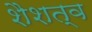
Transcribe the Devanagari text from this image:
शैशत्व